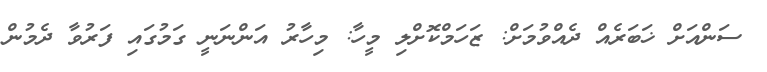
ސަންއަށް ޚަބަރެއް ދެއްވުމަށް: ޒަހަމްކޮށްލި މީހާ: މިހާރު އަންނަނީ ގަމުގައި ފަރުވާ ދެމުން